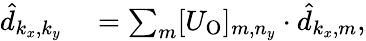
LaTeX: \begin{array}{rl}{\hat{d}_{k_{x},k_{y}}}&{{}=\sum_{m}[U_{\mathrm{O}}]_{m,n_{y}}\cdot\hat{d}_{k_{x},m},}\end{array}